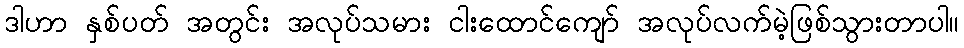
ဒါဟာ နှစ်ပတ် အတွင်း အလုပ်သမား ငါးထောင်ကျော် အလုပ်လက်မဲ့ဖြစ်သွားတာပါ။